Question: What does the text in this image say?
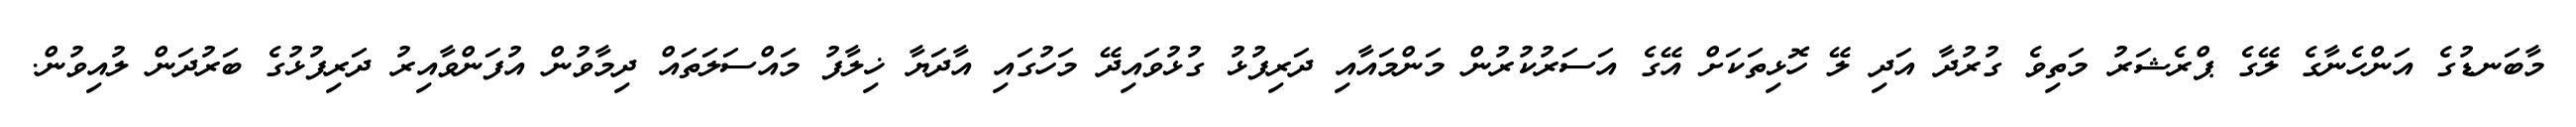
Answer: މާބަނޑުގެ އަންހެނާގެ ލޭގެ ޕްރެޝަރު މަތިވެ ގުރުދާ އަދި ލޭ ހޮޅިތަކަށް އޭގެ އަސަރުކުރުން މަންމައާއި ދަރިފުޅު ގުޅުވައިދޭ މަހުގައި އާދަޔާ ޚިލާފު މައްސަލަތައް ދިމާވުން އުފަންވާއިރު ދަރިފުޅުގެ ބަރުދަން ލުއިވުން.